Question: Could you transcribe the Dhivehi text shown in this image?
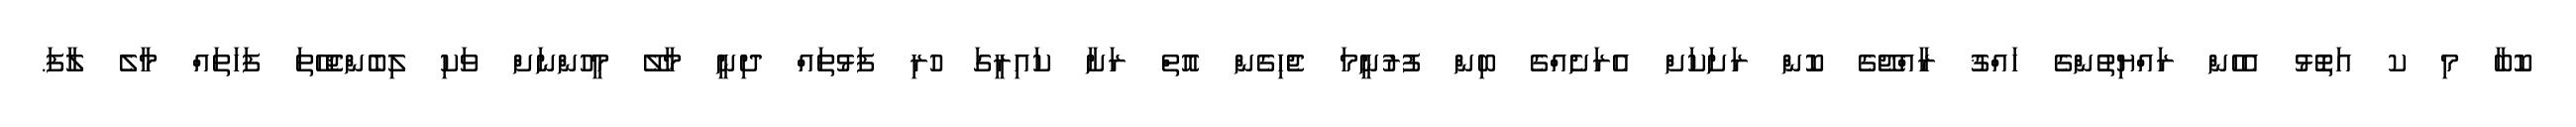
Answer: ކޮބާ މި ކ އަތޮޅު އެހެން ރައްޔިތުންގެ ހައްޤު ރާއްޖޭގެ ކޮން ރަށަކަށް އެރަށެއްގެ ބިން ފުރުނީމަ ޖެހިގެން އޮތް ރަށާ ކައިރީގަ ހުރި ފަޅުތައް ދިނީ މާލޭ މީހުންނަށް ވަކި ލިބެންޖެހޭތަ ފަހަތައް މާލެ ލާފަ.